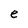
Character: e